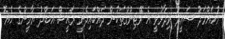
މުހައްމަދު ސައީދު ވިދާޅުވީ އެ ރޭޓިންގްތަކުން ދައްކައިދެނީ ރައީސް އަބްދު ޔާމީންގެ ހެޔޮ